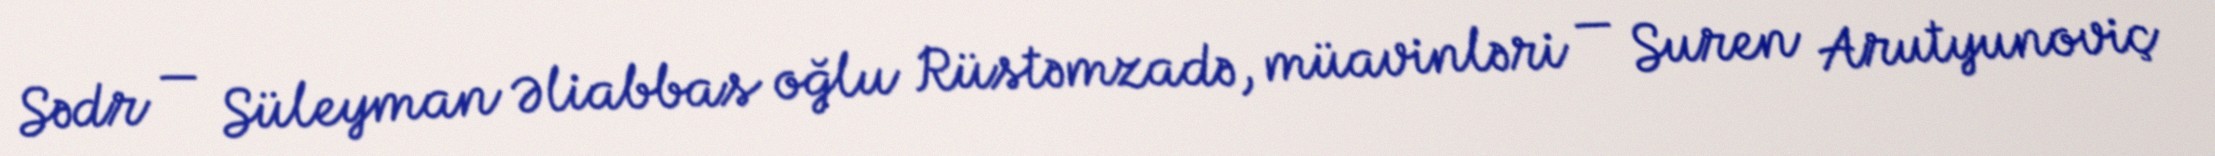
Sədr — Süleyman Əliabbas oğlu Rüstəmzadə, müavinləri — Suren Arutyunoviç